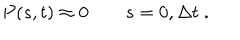
P ( s , t ) \approx 0 \qquad s = 0 , { \Delta t } \; .